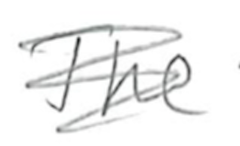
Text: The
Cross-out: scratch
Writing tool: pencil